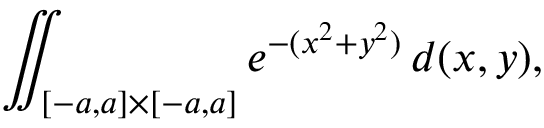
\iint _ { [ - a , a ] \times [ - a , a ] } e ^ { - ( x ^ { 2 } + y ^ { 2 } ) } \, d ( x , y ) ,